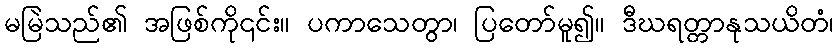
မမြဲသည်၏ အဖြစ်ကို၎င်း။ ပကာသေတွာ၊ ပြတော်မူ၍။ ဒီဃရတ္တာနုသယိတံ၊